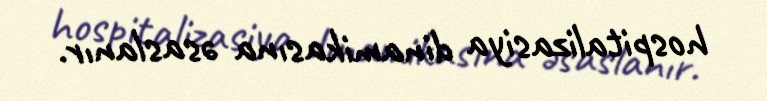
hospitalizasiya dinamikasına əsaslanır.